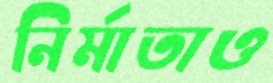
নির্মাতাও